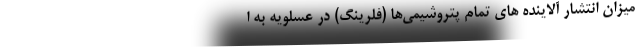
میزان انتشار آلاینده های تمام پتروشیمی‌ها (فلرینگ) در عسلویه به ا